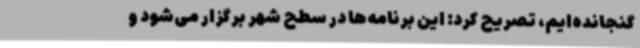
گنجانده‌ایم، تصریح کرد: این برنامه‌ها در سطح شهر برگزار می‌شود و